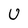
Character: U